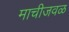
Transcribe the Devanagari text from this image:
माचीजवळ